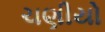
ચણીયો